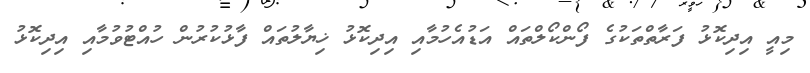
މިއީ އިދިކޮޅު ފަރާތްތަކުގެ ފޯންކޯލްތައް އަޑުއެހުމާއި އިދިކޮޅު ޚިޔާލުތައް ފާޅުކުރުން ހުއްޓުވުމާއި އިދިކޮޅު